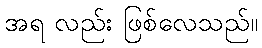
အရ လည်း ဖြစ်လေသည်။